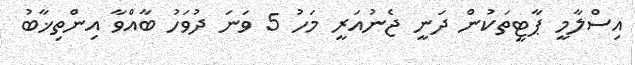
އިސްލާމީ ޕާޓީތަކުން ދަނީ ޖެނުއަރީ މަހު 5 ވަނަ ދުވަހު ބާއްވާ އިންތިޚާބު